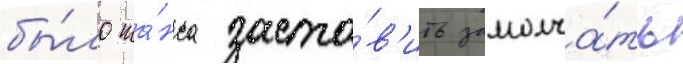
бы́ло ша́нса заста́в'ить замолча́ть